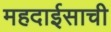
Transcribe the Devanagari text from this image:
महदाईसाची